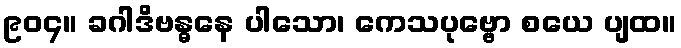
၉၀၄။ ခဂါဒိဗန္ဓနေ ပါသော၊ ကေသပုဗ္ဗော စယေ ပျထ။